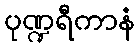
ပုဏ္ဍရီကာနံ